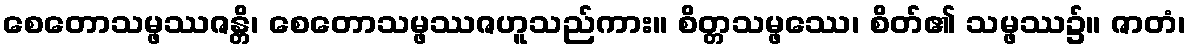
စေတောသမ္ဖဿဇန္တိ၊ စေတောသမ္ဖဿဇဟူသည်ကား။ စိတ္တသမ္ဖဿေ၊ စိတ်၏ သမ္ဖဿ၌။ ဇာတံ၊